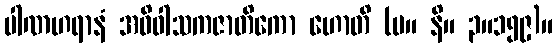
ပါဏဟရာနံ အဓိဝါသကဇာတိကော ဟောတိ (မ။ နိ။ ၃။၁၅၉)။